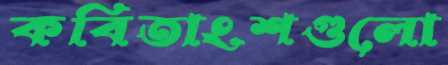
কবিতাংশগুলো